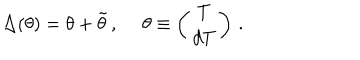
LaTeX: \Delta ( \theta ) = \theta + \tilde { \theta } \, , \ \theta \equiv \left( \begin{array} { c } { { T } } \\ { { d T } } \\ \end{array} \right) \, .